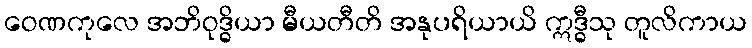
ဝေဏကုလေ အဘိဝုဒ္ဓိယာ မီယတီတိ အနုပရိယာယိ ဣဒ္ဓီသု တူလိကာယ